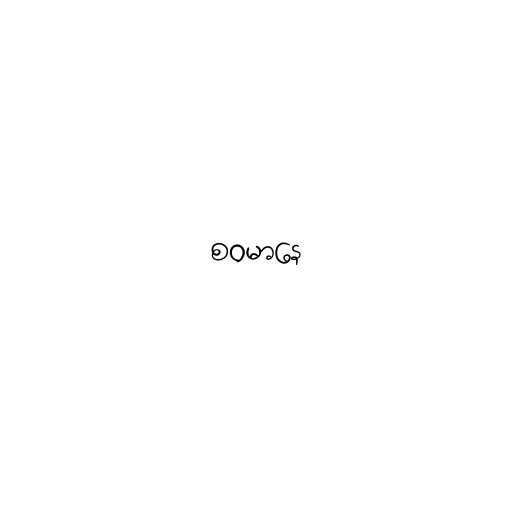
စဝမာနေ